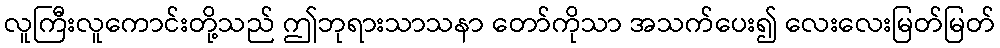
လူကြီးလူကောင်းတို့သည် ဤဘုရားသာသနာ တော်ကိုသာ အသက်ပေး၍ လေးလေးမြတ်မြတ်